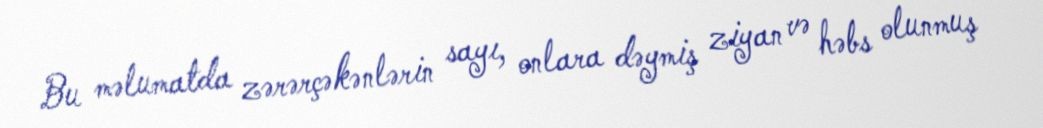
Bu məlumatda zərərçəkənlərin sayı, onlara dəymiş ziyan və həbs olunmuş